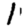
Digit: 1